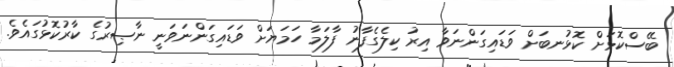
ބޭސްކޮޅަށް ކޮޅުނބަށް ވަޑައިގަންނަވާ އިރު ކިލެގެފާނު ފާލަމާ ހަމަޔަށް ވަޑައިގަންނަވަނީ ނާޞިރުގެ ކާރުކޮޅުގައެވެ.